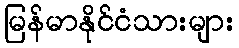
မြန်မာနိုင်ငံသားများ